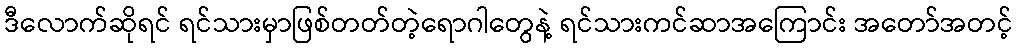
ဒီလောက်ဆိုရင် ရင်သားမှာဖြစ်တတ်တဲ့ရောဂါတွေနဲ့ ရင်သားကင်ဆာအကြောင်း အတော်အတင့်